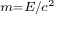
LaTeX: \scriptstyle { m = E / c ^ { 2 } }